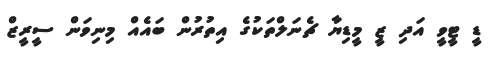
ޑީ ޓީވީ އަދި ޒީ މީޑިޔާ ޗެނަލްތަކުގެ އިތުރުން ބައެއް މިނިވަން ސީރީޒް